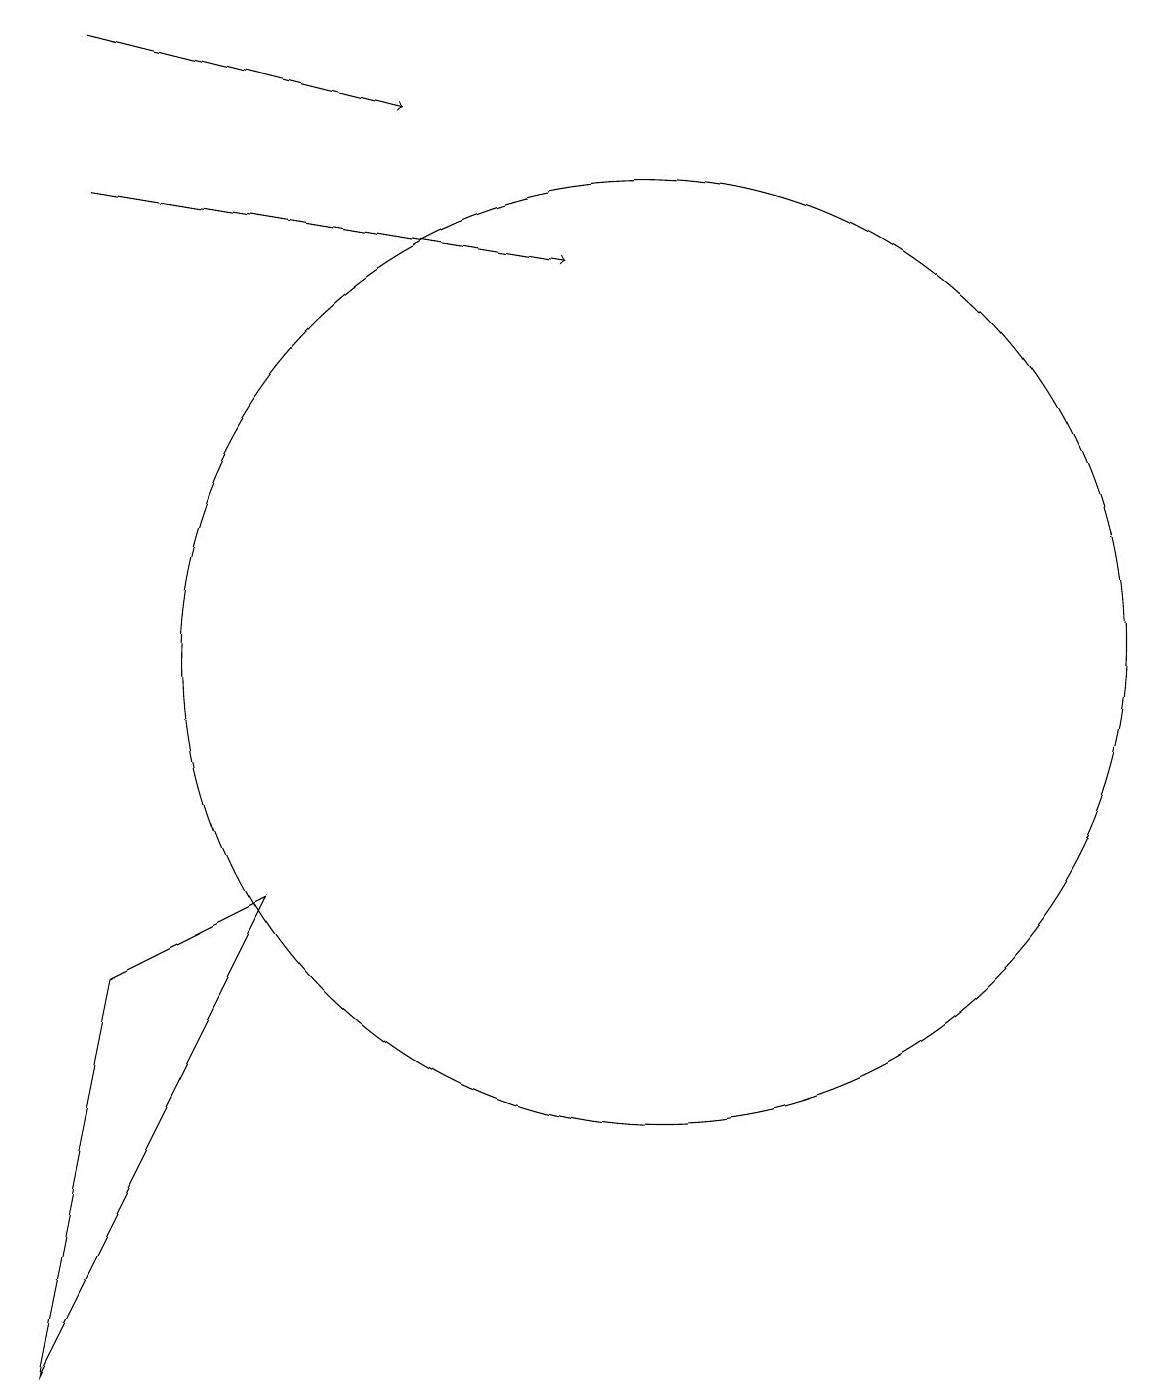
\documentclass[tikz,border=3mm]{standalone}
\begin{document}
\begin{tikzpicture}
\draw (5,8) -- (2,2) -- (3,7) -- cycle;
\draw[->] (3,17) -- (9,16);
\draw (11,10) circle (0);
\draw[->] (3,19) -- (7,18);
\draw (10,11) circle (6);
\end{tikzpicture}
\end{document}